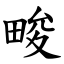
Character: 畯